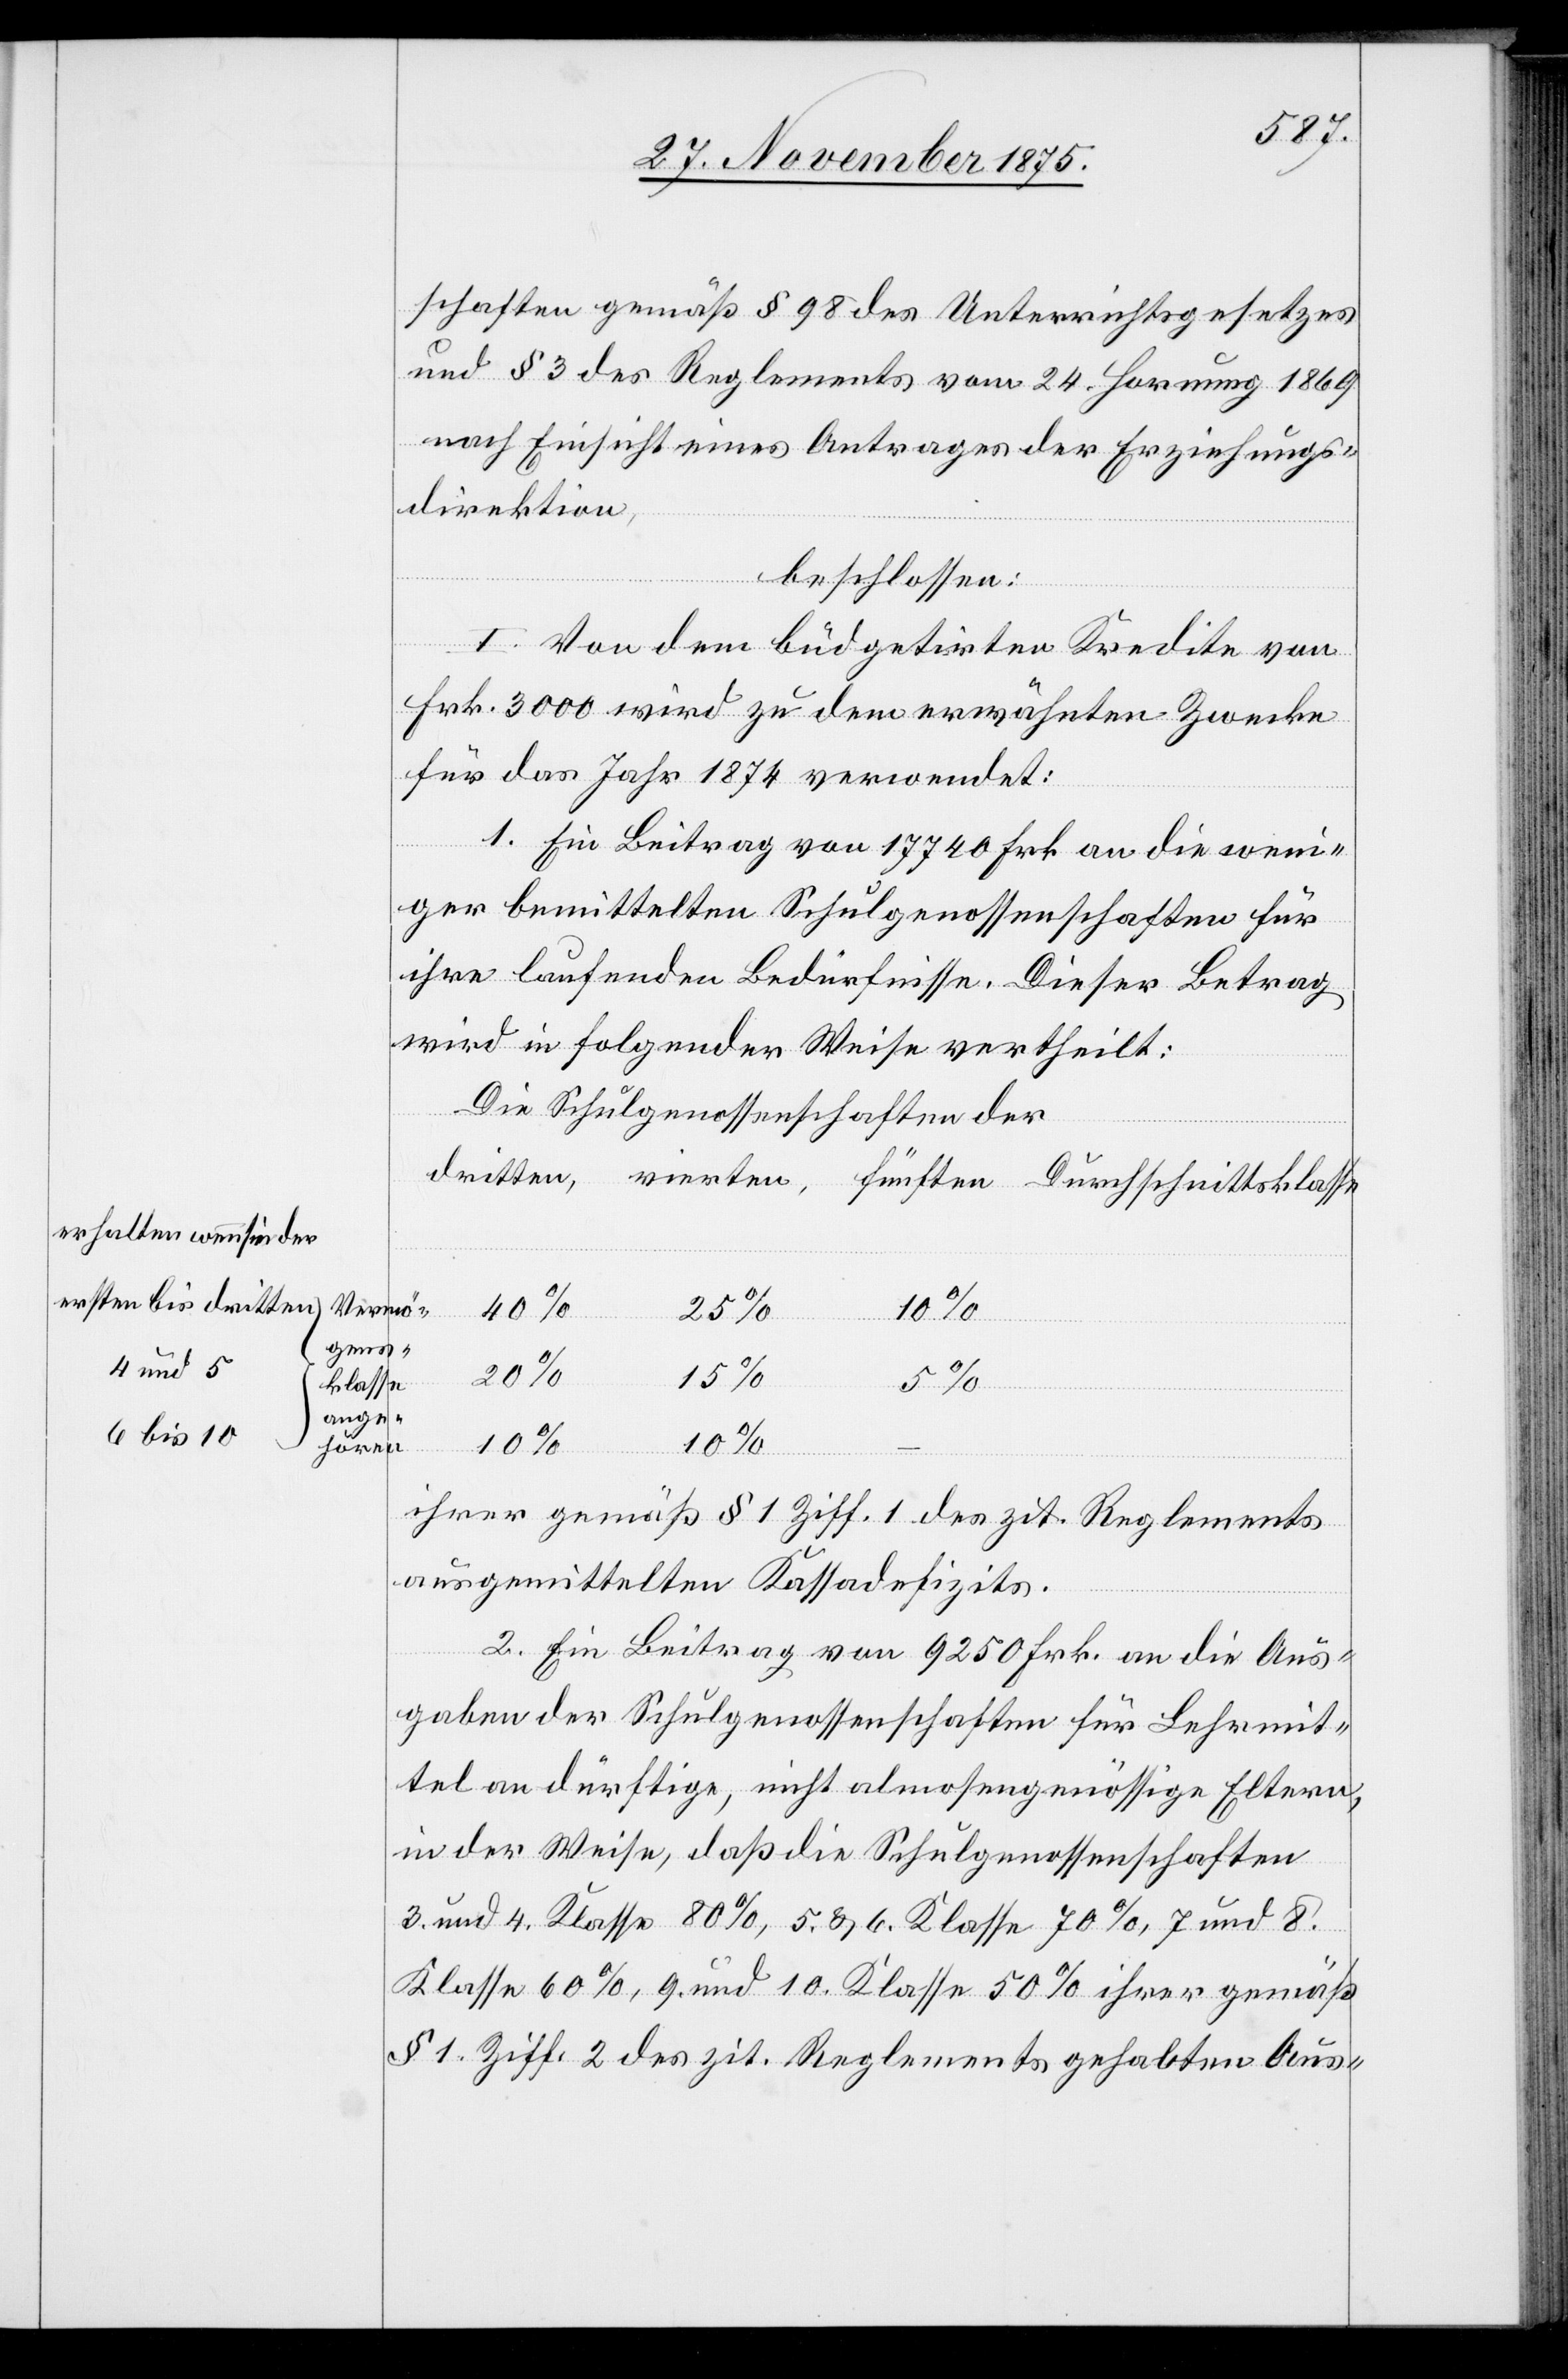
erhalten wenn sie der
ersten bis dritten
4 und 5
6 bis 10

schaften gemäß § 98 des Unterrichtsgesetzes
und § 3 des Reglements vom 24. Hornung 1869
nach Einsicht eines Antrages der Erziehungs¬
direktion,
beschlossen:
I. Von dem büdgetirten Kredite von
Frk. 3000 [sic!] wird zu dem erwähnten Zwecke
für das Jahr 1874 verwendet:
1. Ein Beitrag von 17740 Frk. an die weni¬
ger bemittelten Schulgenossenschaften für
ihre laufenden Bedürfnisse. Dieser Betrag
wird in folgender Weise vertheilt:
Die Schulgenossenschaften der
Vermö¬
gens¬
klasse
ange¬
hören
rchschnit¬
ihres gemäß § 1 Ziff. 1 des zit. Reglements
ausgemittelten Kassadefizits.
Du¬
2. Ein Beitrag von 9250 Frk. an die Aus¬
gaben der Schulgenossenschaften für Lehrmit¬
tel an dürftige, nicht almosengenössige Eltern,
in der Weise, daß die Schulgenossenschaften
3. und 4. Klasse 80%, 5. & 6. Klasse 70%, 7. und 8.
Klasse 60%, 9. und 10. Klasse 50% ihrer gemäß
§ 1, Ziff 2 des zit. Reglements gehabten Aus-